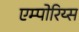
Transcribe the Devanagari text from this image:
एम्पोरिय्स